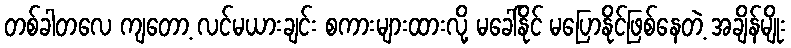
တစ်ခါတလေ ကျတော့ လင်မယားချင်း စကားများထားလို့ မခေါ်နိုင် မပြောနိုင်ဖြစ်နေတဲ့ အချိန်မျိုး